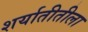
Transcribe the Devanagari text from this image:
शर्यातीतीला